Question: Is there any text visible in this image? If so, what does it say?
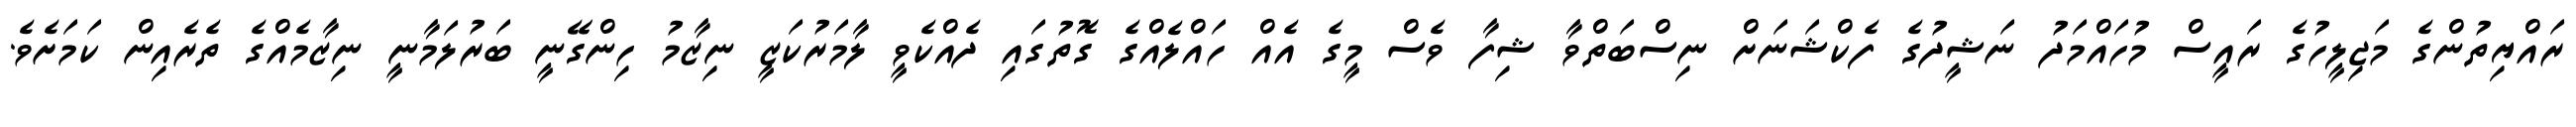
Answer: ރައްޔިތުންގެ މަޖިލީހުގެ ރައީސް މުހައްމަދު ނަޝީދުގެ ފެކްޝަނަށް ނިސްބަތްވާ ޝިފާ ވެސް މީގެ އެއް ހައްލެއްގެ ގޮތުގައި ދެއްކެވީ ލާމަރުކަޒީ ނިޒާމު ހިންގޭނީ ބަރުލަމާނީ ނިޒާމެއްގެ ތެރެއިން ކަމަށެވެ.